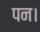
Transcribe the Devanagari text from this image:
पन।